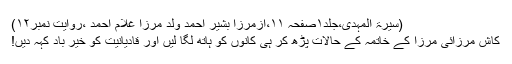
(سیرۃ المہدی،جلد۱صفحہ ۱۱،ازمرزا بشیر احمد ولد مرزا غلام احمد ،روایت نمبر۱۲)
کاش مرزائی مرزا کے خاتمہ کے حالات پڑھ کر ہی کانوں کو ہاتھ لگا لیں اور قادیانیت کو خیر باد کہہ دیں!